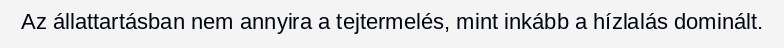
Az állattartásban nem annyira a tejtermelés, mint inkább a hízlalás dominált.